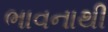
ભાવનાથી